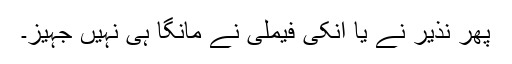
پھر نذیر نے یا انکی فیملی نے مانگا ہی نہیں جہیز۔